Report on enteric fever
Disease focus: Fever
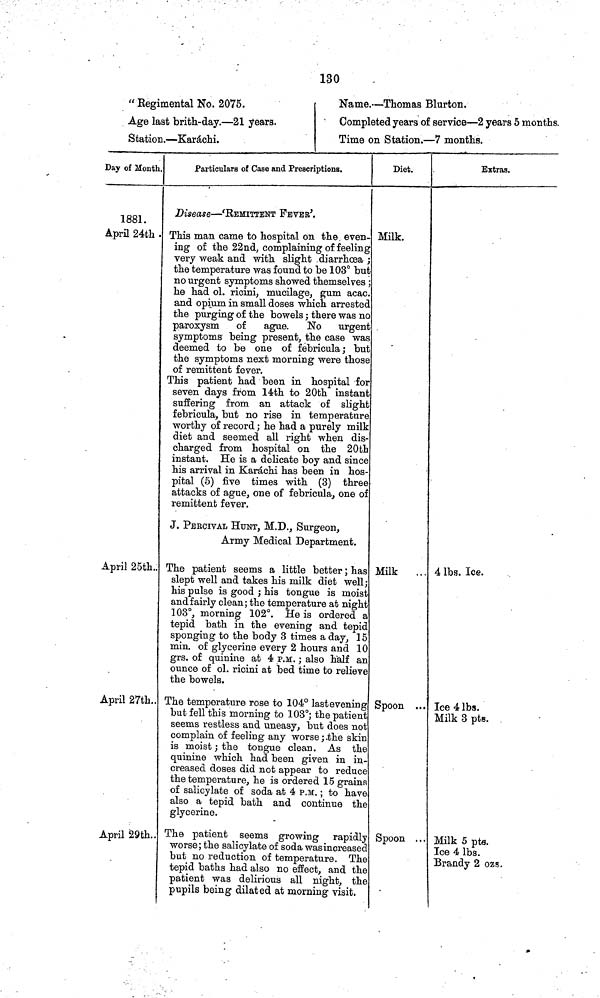
130
" Regimental No, 2075.
Age last brith-day.—21 years.
Station.—Karáchi.
Name.—Thomas Blurton.
Completed years of service—2 years 5 months.
Time on Station.—7 months.
Day of Month
1881.
April 24th .
April 25th..
April 27th..
April 29th.
Particulars of Case and Prescriptions.
Disease—'REMITTENT FEVER'.
This man came to hospital on the even-
ing of the 22nd, complaining of feeling
very weak and with slight diarrhoea ;
the temperature was found to be 103° but
no urgent symptoms showed themselves ;
he had ol. ricini, mucilage, gum acac.
and opium in small doses which arrested
the purging of the bowels ; there was no
paroxysm of ague. No
urgent
symptoms being present, the case was
deemed to be one of febricula; but
the symptoms next morning were those
of remittent fever.
This patient had been in hospital for
seven days from 14th to 20th instant
suffering from an attack of slight
febricula, but no rise in temperature
worthy of record ; he had a purely milk
diet and seemed all right when dis-
charged from hospital on the 20th
instant. He is a delicate boy and since
his arrival in Karáchi has been in hos-
pital (5) five times with (3) three
attacks of ague, one of febricula, one of
remittent fever.
J. PErCIVAL HUNT, M.D., Surgeon,
Army Medical Department.
The patient seems a little better ; has
slept well and takes his milk diet well;
his pulse is good ; his tongue is moist
and fairly clean ; the temperature at night
103°, morning 102°. He is ordered a
tepid bath in the evening and tepid
sponging to the body 3 times a day, 15
min. of glycerine every 2 hours and 10
grs. of quinine at 4 P.M. ; also half an
ounce of ol. ricini at bed time to relieve
the bowels.
The temperature rose to 104° last evening
but fell this morning to 103°; the patient
seems restless and uneasy, but does not
complain of feeling any worse ; the skin
is moist ; the tongue clean. As the
quinine which had been given in in-
creased doses did not appear to reduce
the temperature, he is ordered 15 grains
of salicylate of soda at 4 P.M. ; to have
also a tepid bath and continue the
glycerine.
The patient seems growing rapidly
worse ; the salicylate of soda wasincreased
but no reduction of temperature. The
tepid baths had also no effect, and the
patient was delirious all night, the
pupils being dilated at morning visit.
Diet.
Milk.
Milk
...
Spoon ...
Spoon . .
Extras.
4 lbs. Ice.
Ice 4 lbs.
Milk 3 pts.
Milk 5 pts.
Ice 4 lbs.
Brandy 2 ozs.